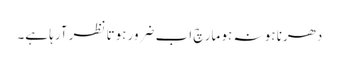
دھرنا ہو نہ ہو مارچ اب ضرور ہوتا نظر آرہا ہے۔